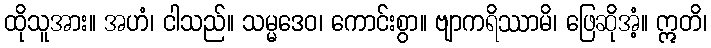
ထိုသူအား။ အဟံ၊ ငါသည်။ သမ္မဒေဝ၊ ကောင်းစွာ။ ဗျာကရိဿာမိ၊ ဖြေဆိုအံ့။ ဣတိ၊